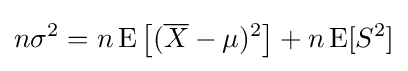
n\sigma ^{2}=n\operatorname {E} \left[({\overline {X}}-\mu )^{2}\right]+n\operatorname {E} [S^{2}]